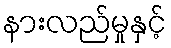
နားလည်မှုနှင့်